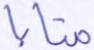
متابا